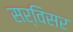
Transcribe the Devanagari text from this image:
सर्विसर